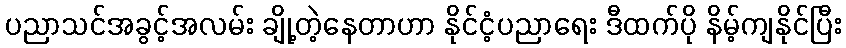
ပညာသင်အခွင့်အလမ်း ချို့တဲ့နေတာဟာ နိုင်ငံ့ပညာရေး ဒီထက်ပို နိမ့်ကျနိုင်ပြီး